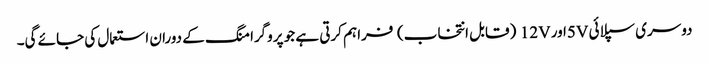
دوسری سپلائی 5Vاور 12V (قابل انتخاب) فراہم کرتی ہے جو پروگرامنگ کے دوران استعمال کی جائے گی۔